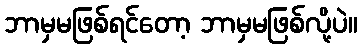
ဘာမှမဖြစ်ရင်တော့ ဘာမှမဖြစ်လို့ပဲ။